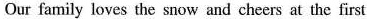
Our family loves the snow and cheers at the first